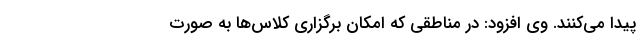
پیدا می‌کنند. وی افزود: در مناطقی که امکان برگزاری کلاس‌ها به صورت